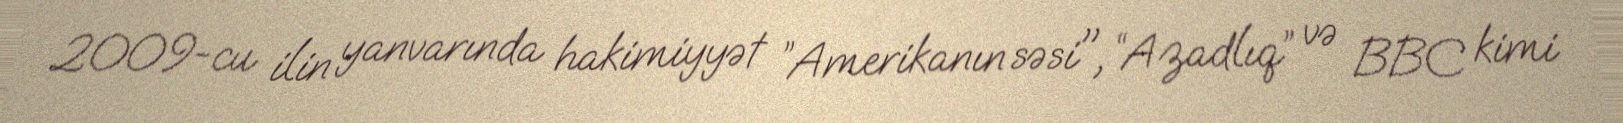
2009-cu ilin yanvarında hakimiyyət ”Amerikanın səsi", “Azadlıq” və BBC kimi